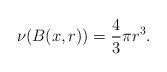
LaTeX: \begin{align*}\nu(B(x,r))=\frac{4}{3}\pi r^{3}.\end{align*}